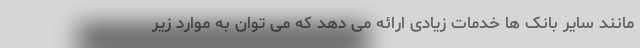
مانند سایر بانک ها خدمات زیادی ارائه می دهد که می توان به موارد زیر